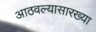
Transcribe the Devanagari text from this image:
आठवल्यासारख्या